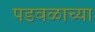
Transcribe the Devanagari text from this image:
पडवळाच्या